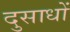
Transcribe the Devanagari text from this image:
दुसाधों